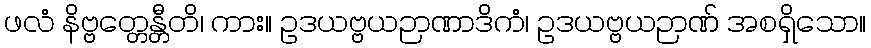
ဖလံ နိဗ္ဗတ္တေန္တီတိ၊ ကား။ ဥဒယဗ္ဗယဉာဏာဒိကံ၊ ဥဒယဗ္ဗယဉာဏ် အစရှိသော။